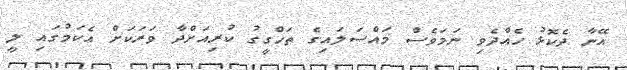
އޭނާ ދެކޮޅު ހެއްދެވި ނަމަވެސް މައްސަލައިގެ ތަހްގީގު ކުރިއަށްދާ ވަރަކަށް އެކަމުގައި ލީ